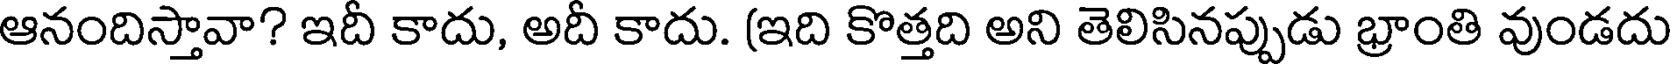
ఆనందిస్తావా? ఇదీ కాదు, అదీ కాదు. (ఇది కొత్తది అని తెలిసినప్పుడు భ్రాంతి వుండదు